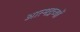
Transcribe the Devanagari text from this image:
आत्मद्रव्यों